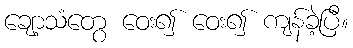
ချော့သံတွေ ဝေး၍ ဝေး၍ ကျန်ခဲ့ပြီ။